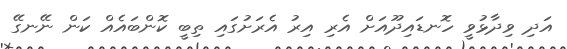
އަދި ވިދާޅުވީ ހޮނޑައިދޫއަށް އެރި އިރު އެރަށުގައި ތިބީ ކޮންބައެއް ކަން ނޭނގޭ